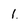
Character: 1